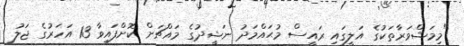
"މިމަޝްވަރާތަކުގެ އަލީގައި ރައީސް މުޙައްމަދު ނަޝީދުގެ މައްޗަށް ކޮށްފައިވާ 13 އަހަރުގެ ޖަލު